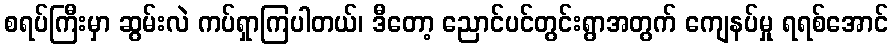
စရပ်ကြီးမှာ ဆွမ်းလဲ ကပ်ရှာကြပါတယ်၊ ဒီတော့ ညောင်ပင်တွင်းရွာအတွက် ကျေနပ်မှု ရရစ်အောင်